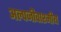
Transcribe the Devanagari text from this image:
अल्पजीवाश्मीय